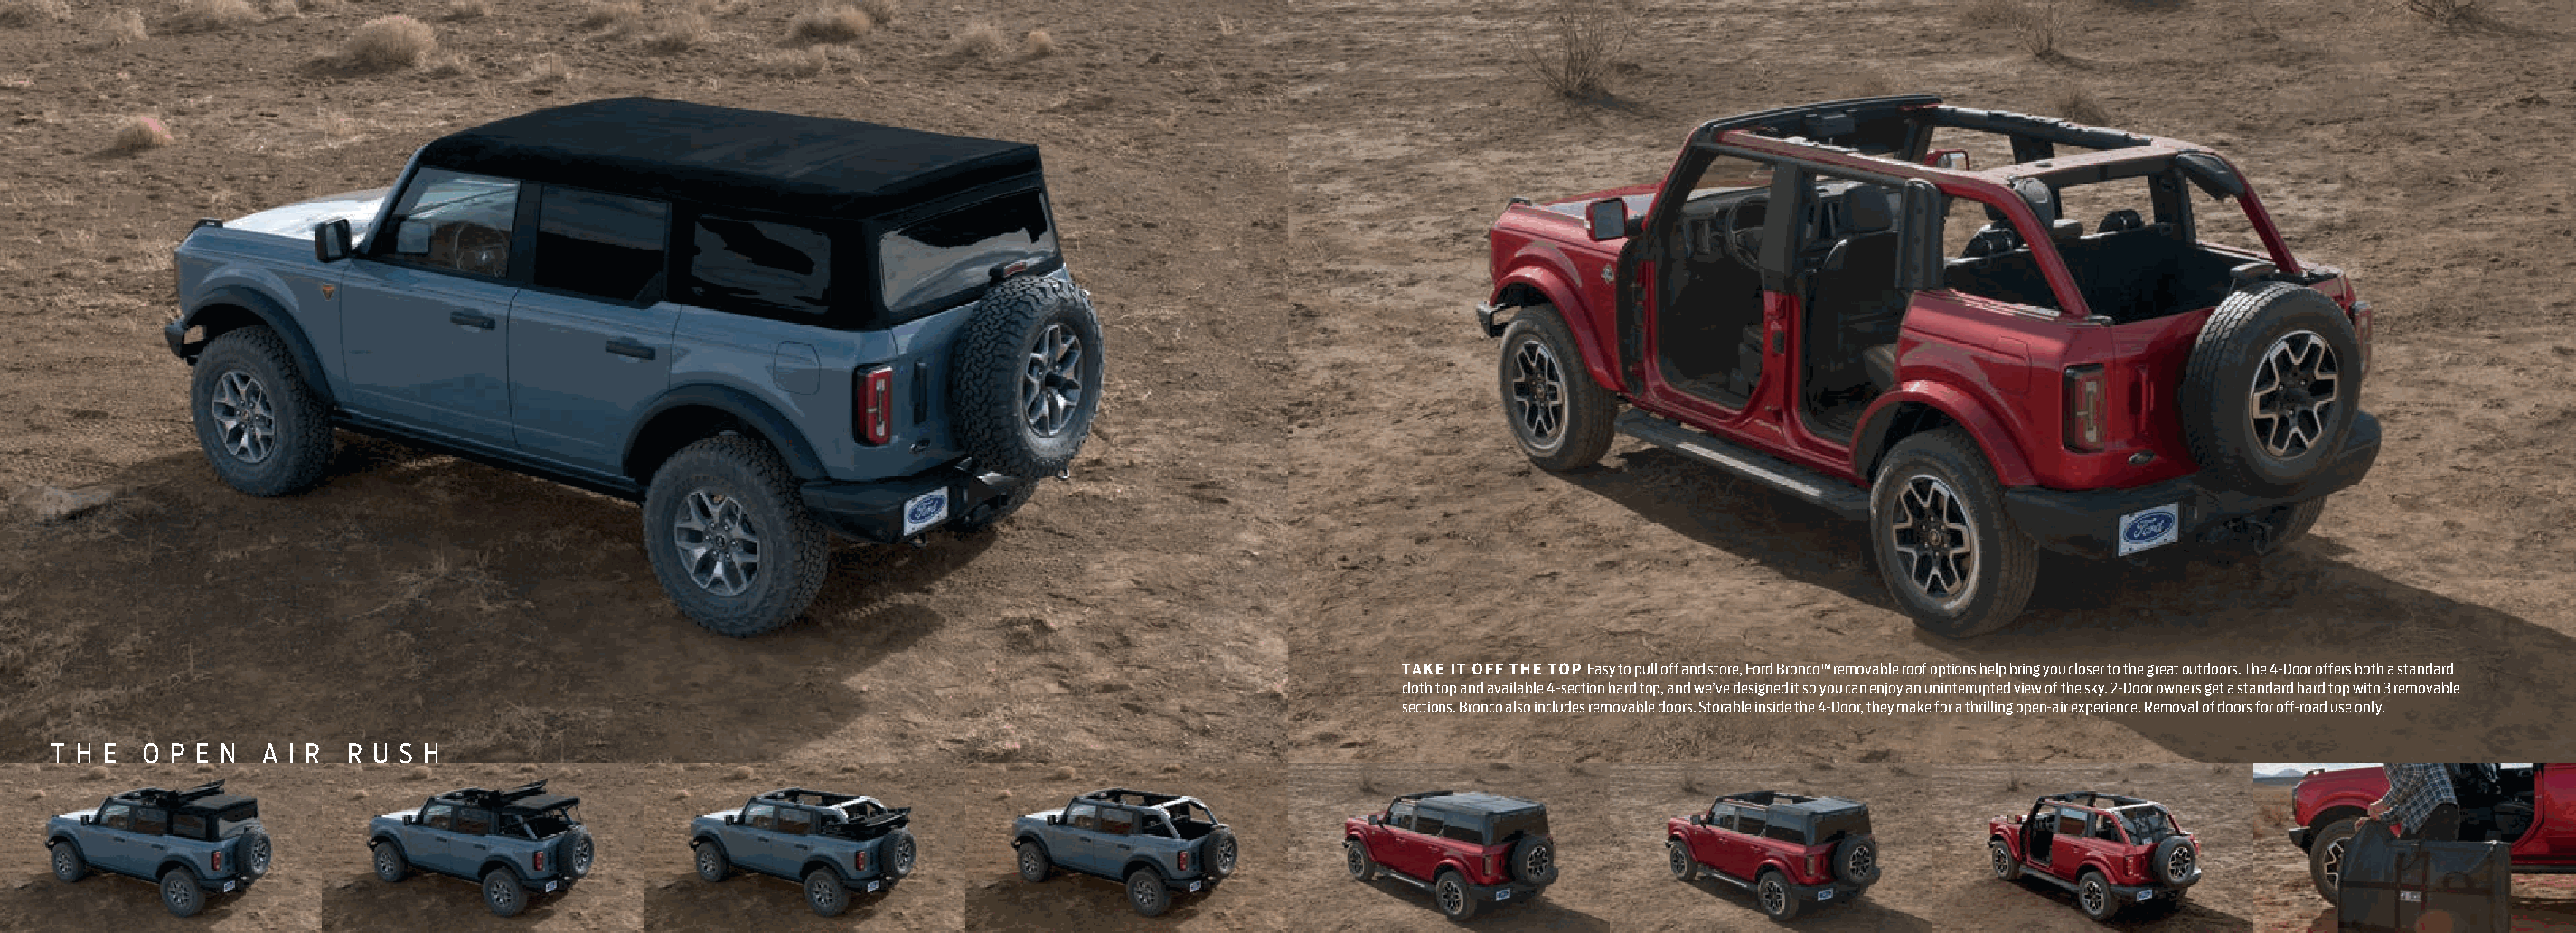
TAKE IT OFF THE TOP Easy to pull off and store, Ford Bronco™ removable roof options help bring you closer to the great outdoors. The 4-Door offers both a standard
 cloth top and available 4-section hard top, and we’ve designed it so you can enjoy an uninterrupted view of the sky. 2-Door owners get a standard hard top with 3 removable
 sections. Bronco also includes removable doors. Storable inside the 4-Door, they make for a thrilling open-air experience. Removal of doors for off-road use only.
 T H E O P E N  A I R R U S H